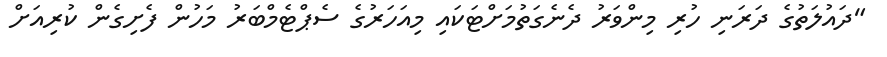
"ދައުލަތުގެ ދަރަނި ހުރި މިންވަރު ދެނެގަތުމަށްޓަކައި މިއަހަރުގެ ސެޕްޓެމްބަރު މަހުން ފެށިގެން ކުރިއަށް